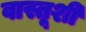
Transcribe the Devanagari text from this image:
वास्तूशी